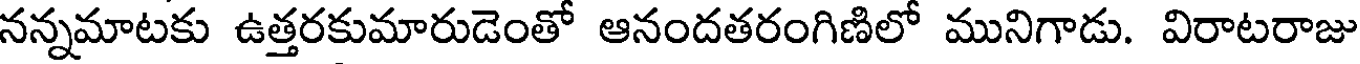
నన్నమాటకు ఉత్తరకుమారుడెంతో ఆనందతరంగిణిలో మునిగాడు. విరాటరాజు